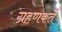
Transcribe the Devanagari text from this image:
ग्रहणकर्ते